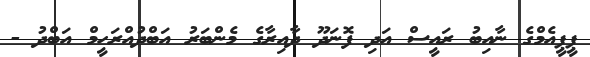
ޕީޕީއެމްގެ ނާއިބު ރައީސް އަދި ފޮނަދޫ ދާއިރާގެ މެންބަރު އަބްދުއްރަހީމް އަބްދު -